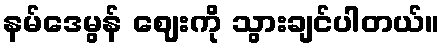
နမ်ဒေမွန် ဈေးကို သွားချင်ပါတယ်။